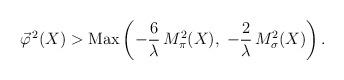
LaTeX: \begin{align*}\vec{\varphi}^{\, 2} (X) > \mbox{Max} \left( - \frac{6}{\lambda} \, M_\pi^2 (X), \; - \frac{2}{\lambda} \, M_\sigma^2 (X) \right) .\end{align*}